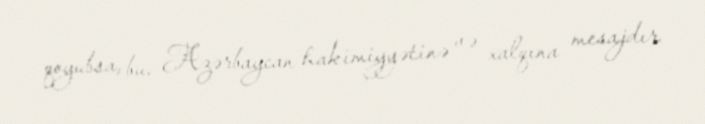
qoyubsa, bu, Azərbaycan hakimiyyətinə və xalqına mesajdır.